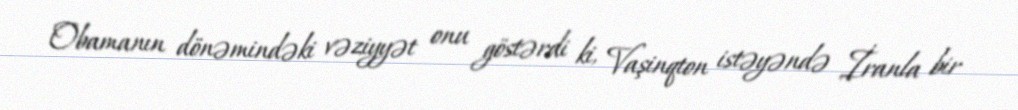
Obamanın dönəmindəki vəziyyət onu göstərdi ki, Vaşinqton istəyəndə İranla bir